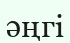
әңгі